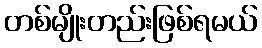
တစ်မျိုးတည်းဖြစ်ရမယ်